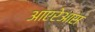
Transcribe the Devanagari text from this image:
आएरेआस